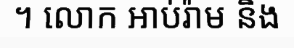
។ លោក អាប់រ៉ាម និង